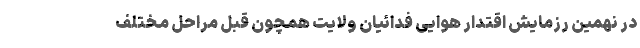
در نهمین رزمایش اقتدار هوایی فدائیان ولایت همچون قبل مراحل مختلف